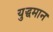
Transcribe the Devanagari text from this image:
युद्धमान